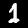
Digit: 1